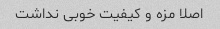
اصلا مزه و کیفیت خوبی نداشت